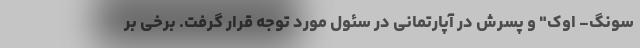
سونگ- اوک" و پسرش در آپارتمانی در سئول مورد توجه قرار گرفت. برخی بر